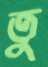
তু